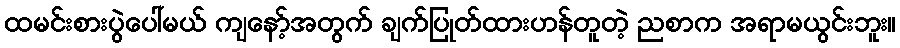
ထမင်းစားပွဲပေါ်မယ် ကျနော့်အတွက် ချက်ပြုတ်ထားဟန်တူတဲ့ ညစာက အရာမယွင်းဘူး။